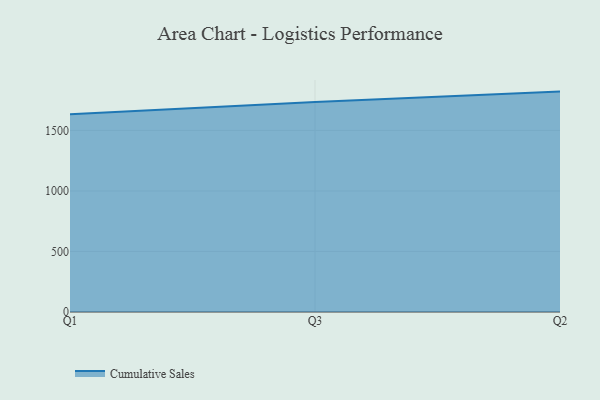
{"axis": {"x": "Quarter", "y": "Website Visitors"}, "legend": ["Cumulative Sales"], "data": [{"x": "Q1", "y": 1634.1, "type": "Cumulative Sales"}, {"x": "Q3", "y": 1734.6, "type": "Cumulative Sales"}, {"x": "Q2", "y": 1820.6, "type": "Cumulative Sales"}]}